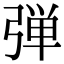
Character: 弾